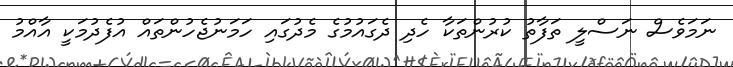
ނަމަވެސް ނަސްލީ ތަފާތު ކުރުންތަކާ ހެދި ދެގައުމުގެ މެދުގައި ހަމަނުޖެހުންތައް އުފެދުމަކީ އާއްމު